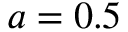
a = 0 . 5